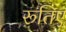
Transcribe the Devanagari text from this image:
रूतिए